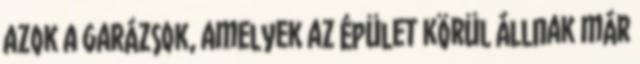
azok a garázsok, amelyek az épület körül állnak már